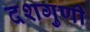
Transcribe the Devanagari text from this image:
दशगुणी